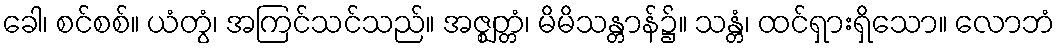
ခေါ၊ စင်စစ်။ ယံတွံ၊ အကြင်သင်သည်။ အဇ္ဈတ္တံ၊ မိမိသန္တာန်၌။ သန္တံ၊ ထင်ရှားရှိသော။ လောဘံ